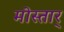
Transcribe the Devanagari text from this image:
मोस्तार्